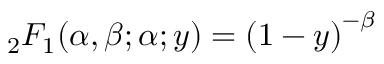
{ } _ { 2 } F _ { 1 } \! \left( \alpha , \beta ; \alpha ; y \right) = \left( 1 - y \right) ^ { - \beta }